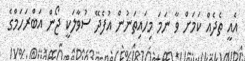
އެއީ ތެދެއް ކަމަށް ވާ ނަމަ މިހައިތަނުން އުފެދޭ ސުވާލަކީ ޖޯން އަބްރަހަމްގެ